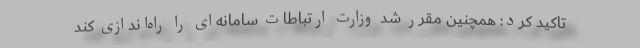
تاکید کرد: همچنین مقرر شد وزارت ارتباطات سامانه‌ای را راه‌اندازی کند